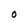
Character: 0